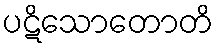
ပဋိသောတောတိ